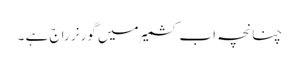
چنانچہ اب کشمیر میں گورنر راج ہے ۔